Indian journal of veterinary science and animal husbandry - Volume 3,
Year: 1933
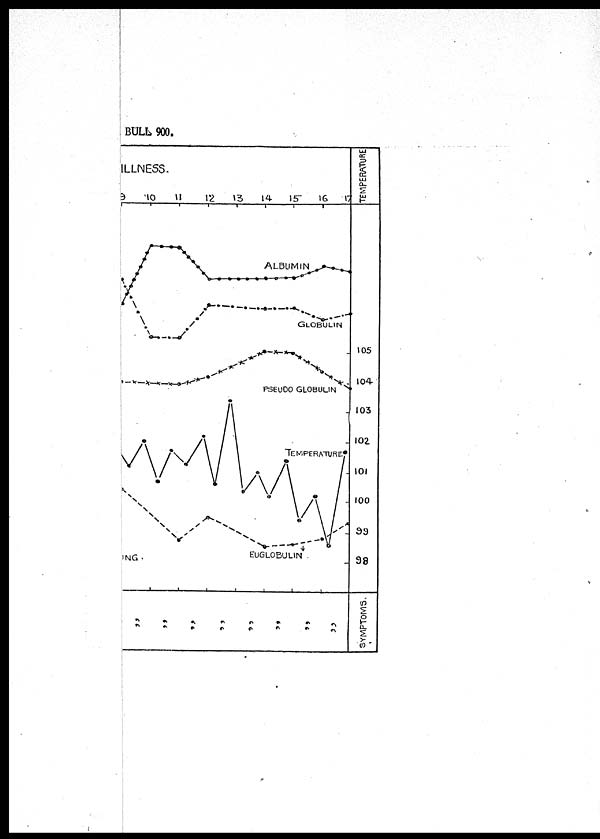
BULL 900.